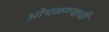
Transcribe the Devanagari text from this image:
ओघळण्याची